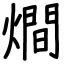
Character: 𤏐